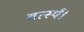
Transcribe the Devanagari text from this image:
वर्त्स्य।